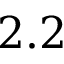
2 . 2